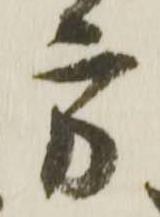
方